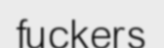
fuckers